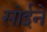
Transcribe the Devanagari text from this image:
सोईने